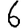
Digit: 6